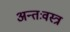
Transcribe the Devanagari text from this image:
अन्तःवस्त्र